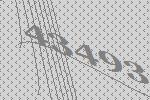
43493